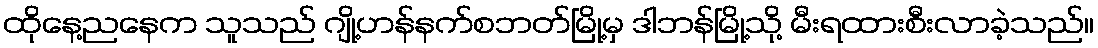
ထိုနေ့ညနေက သူသည် ဂျို့ဟန်နက်စဘတ်မြို့မှ ဒါဘန်မြို့သို့ မီးရထားစီးလာခဲ့သည်။